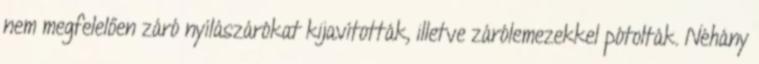
nem megfelelően záró nyílászárókat kijavították, illetve zárólemezekkel pótolták. Néhány